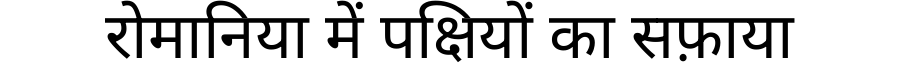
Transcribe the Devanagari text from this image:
रोमानिया में पक्षियों का सफ़ाया